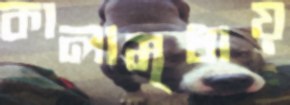
কালামৃধায়